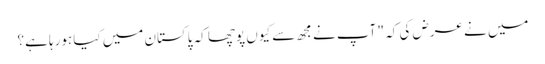
میں نے عرض کی کہ " آپ نے مجھ سے کیوں پوچھا کہ پاکستان میں کیا ہورہا ہے؟